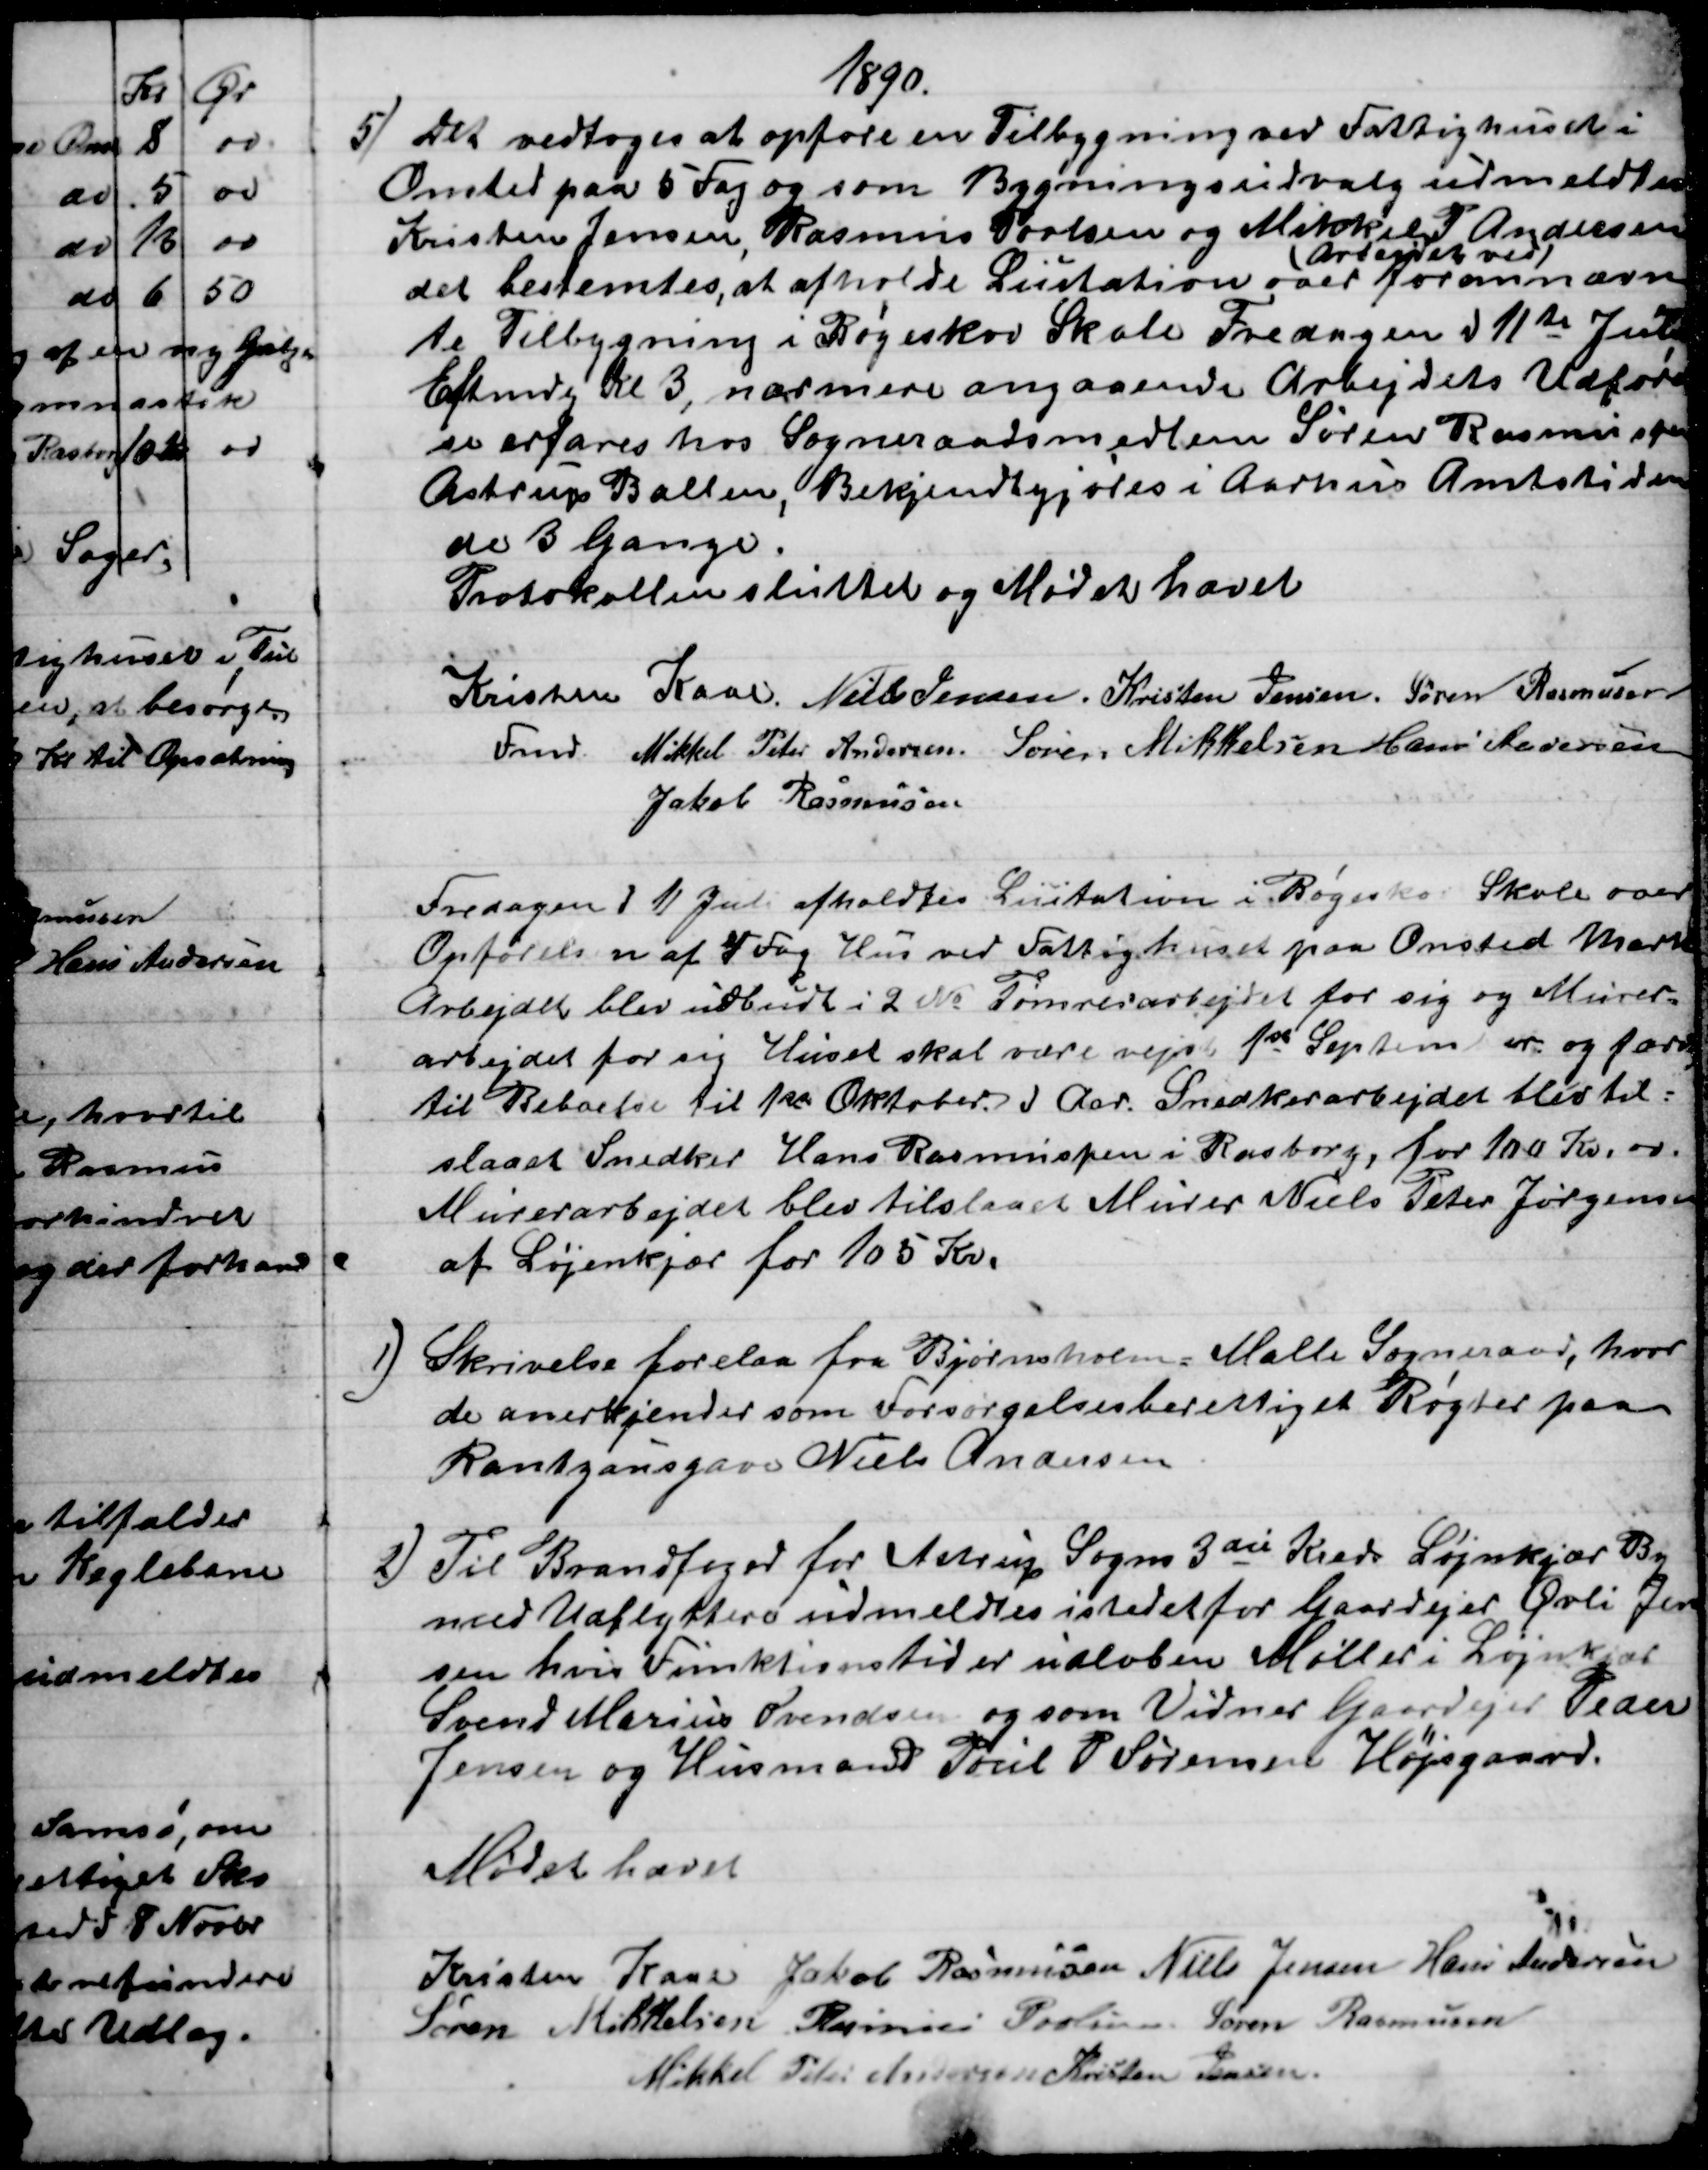
Transskription:
1890.
5) Det vedtoges at opføre en Tilbygning ved Fattighuset i
Onsted paa 5 Fag og som Bygningsudvalg udmeldtes
Kristen Jensen, Rasmus Povlsen og Mikkel P. Andersen
det bestemtes, at afholde Licitation over 
(Arbejdet ved)
forannævn
te Tilbygning i Bøgeskov Skole Fredagen d 11te Juli
Eftmdg Kl. 3, nærmere angaaende Arbejdets Udførel
se erfares hos Sogneraadsmedlem Søren Rasmussen
Astrup Ballen, Bekjendtgjøres i Aarhus Amtstiden
de 3 Gange.
Protokollen sluttet og Mødet hævet
Kristen Kaae. 
Fmd. 
Niels Jensen. Kristen Jensen. Søren Rasmussen
Mikkel Peter Andersen. Søren Mikkelsen Hans Andersen
Jakob Rasmussen
Fredagen d 11 Juli afholdtes Licitation i Bøgeskov Skole over
Opførelsen af 4 Fag Hus ved Fattighuset paa Onsted Mark
Arbejdet blev udbudt i 2 № Tømrerarbejdet for sig og Murer-
arbejdet for sig Huset skal være rejst 1ste September og færdig
til Beboelse til 1ste Oktober d Aar. Snedkerarbejdet blev til=
slaaet Snedker Hans Rasmussen i Rasborg, for 100 Kr. 00.
Murerarbejdet blev tilslaaet Murer Niels Peter Jørgensen
af Løjenkjær for 105 Kr.
1) 
 Skrivelse forelaa fra Bjørnsholm-Malle Sogneraad, hvor
de anerkjender som Forsørgelsesberettiget Røgter paa
Rantzausgave Niels Andersen
2) 
Til Brandfoged for Astrup Sogns 3die Kreds Løjnkjær By
med Udflyttere udmeldtes istedet for Gaardejer Øvli Jen
sen hvis Funktionstid er udløben Møller i Løjnkjær
Svend Marius Svendsen og som Vidner Gaardejer Peder
Jensen og Husmand Poul P Sørensen Højsgaard.
Mødet hævet
Kristen Kaae Jakob Rasmussen Niels Jensen Hans Andersen
Søren Mikkelsen Rasmus Povlsen Søren Rasmussen
Mikkel Peter Andersen Kristen Jensen